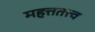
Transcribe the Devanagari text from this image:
महत्ततत्त्व